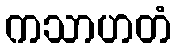
ကသာဟတံ